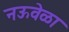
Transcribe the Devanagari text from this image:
नऊवेळा